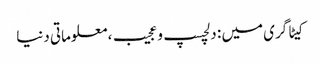
کیٹاگری میں : دلچسپ و عجیب، معلوماتی دنیا